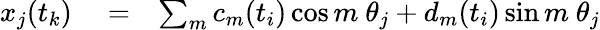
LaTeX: \begin{array}{rlr}{x_{j}(t_{k})}&{{}=}&{\sum_{m}c_{m}(t_{i})\cos m\ \theta_{j}+d_{m}(t_{i})\sin m\ \theta_{j}}\end{array}